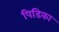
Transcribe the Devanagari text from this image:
पिडिका